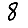
Digit: 8